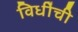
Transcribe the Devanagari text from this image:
विधींची